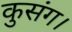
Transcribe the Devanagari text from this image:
कुसंग।